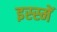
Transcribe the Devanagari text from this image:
इस्स्में